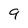
Character: 9